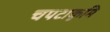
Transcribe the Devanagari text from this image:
चपटाकृमि